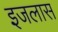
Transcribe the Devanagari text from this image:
इजलास